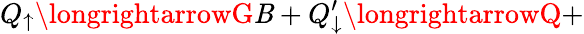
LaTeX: Q_{\uparrow}\longrightarrowG\mathit{B}+Q_{\downarrow}^{\prime}\longrightarrowQ+